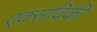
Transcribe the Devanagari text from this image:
एक्सविकी